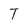
Character: T